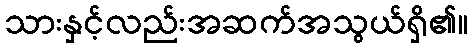
သားနှင့်လည်းအဆက်အသွယ်ရှိ၏။